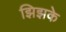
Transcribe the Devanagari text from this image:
झिझके